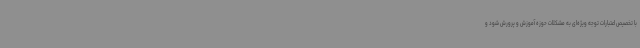
با تخصیص اعتبارات توجه ویژه‌ای به مشکلات حوزه آموزش و پرورش شود و